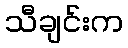
သီချင်းက